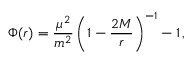
\Phi ( r ) = \frac { \mu ^ { 2 } } { m ^ { 2 } } \left( 1 - \frac { 2 M } { r } \right) ^ { - 1 } - 1 \, ,